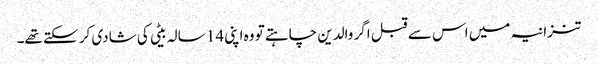
تنزانیہ میں اس سے قبل اگر والدین چاہتے تو وہ اپنی 14 سالہ بیٹی کی شادی کر سکتے تھے۔